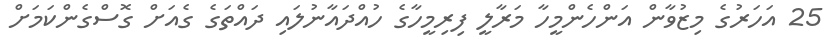
25 އަހަރުގެ މިޒުވާން އަންހެންމީހާ މަރާލީ ފިރިމީހާގެ ހުއްދައާނުލައި ދައްތަގެ ގެއަށް ގޮސްގެންކަމަށް